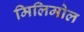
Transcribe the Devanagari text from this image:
मिलिमोल